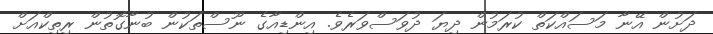
ދަށުން އޭނާ މަސައްކަތް ކުރަމުން ދިޔަ ދުވަސްވަރެވެ. އިންޑިއާގެ ނޫސްތަކުން ބުނާގޮތުން ރިތިކްއަށް